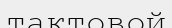
тактовой